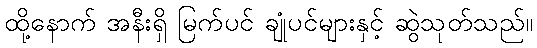
ထို့နောက် အနီးရှိ မြက်ပင် ချုံပင်များနှင့် ဆွဲသုတ်သည်။